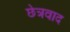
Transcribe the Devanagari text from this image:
छेत्रवाद